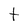
Character: t